Rangoon Lunatic Asylum 1878-1892 - 1878-1892
Year: 1878
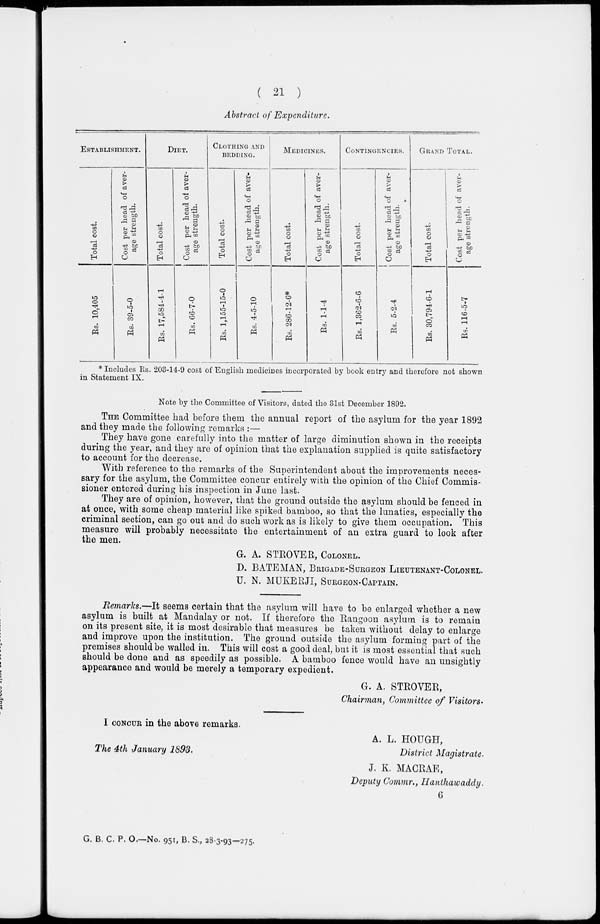
( 21 )
Abstract of Expenditure.
ESTABLISHMENT.
Total cost.
Rs. 10,405
Cost per head of aver-
age strength.
Rs. 39-5-0
DIET.
Total cost.
Rs. 17,584-4-1
Cost per head of aver-
age strength.
Rs. 66-7-0
CLOTHING AND
BEDDING.
Total cost.
Rs. 1,155-15-0
Cost per head of aver-
age strength.
Rs. 4-5-10
MEDICINES.
Total cost.
Rs. 286-12-6*
Cost per head of aver-
age strength.
Rs. 1-1-4
CONTINGENCIES.
Total cost.
Rs. 1,362-6-6
Cost per head of aver-
age strength.
Rs.
5-2-4
GRAND TOTAL.
Total cost.
Rs. 30,794-6-1
Cost per head of aver-
age strength.
Rs. 116-5-7
* Includes Rs. 203-14-9 cost of English medicines incorporated by book entry and therefore not shown
in Statement IX.
Note by the Committee of Visitors, dated the 31st December 1892.
THE Committee had before them the annual report of the asylum for the year 1892
and they made the following remarks :—
They have gone carefully into the matter of large diminution shown in the receipts
during the year, and they are of opinion that the explanation supplied is quite satisfactory
to account for the decrease.
With reference to the remarks of the Superintendent about the improvements neces-
sary for the asylum, the Committee concur entirely with the opinion of the Chief Commis-
sioner entered during his inspection in June last.
They are of opinion, however, that the ground outside the asylum should be fenced in
at once, with some cheap material like spiked bamboo, so that the lunatics, especially the
criminal section, can go out and do such work as is likely to give them occupation. This
measure will probably necessitate the entertainment of an extra guard to look after
the men.
G. A. STROVER, COLONEL.
D. BATEMAN, BRIGADE-SURGEON LIEUTENANT-COLONEL.
U. N. MUKERJI, SURGEON-CAPTAIN.
Remarks.—It seems certain that the asylum will have to be enlarged whether a new
asylum is built at Mandalay or not. If therefore the Rangoon asylum is to remain
on its present site, it is most desirable that measures be taken without delay to enlarge
and improve upon the institution. The ground outside the asylum forming part of the
premises should be walled in. This will cost a good deal, but it is most essential that such
should be done and as speedily as possible. A bamboo fence would have an unsightly
appearance and would be merely a temporary expedient.
G. A. STROVER,
Chairman, Committee of Visitors.
I CONCUR in the above remarks.
A. L. HOUGH,
The 4th January 1893.
District Magistrate.
J. K. MACRAE,
Deputy Commr., Hanthawaddy.
6
G. B. C. P. O.—No. 951, B. S., 28-3-93-275.